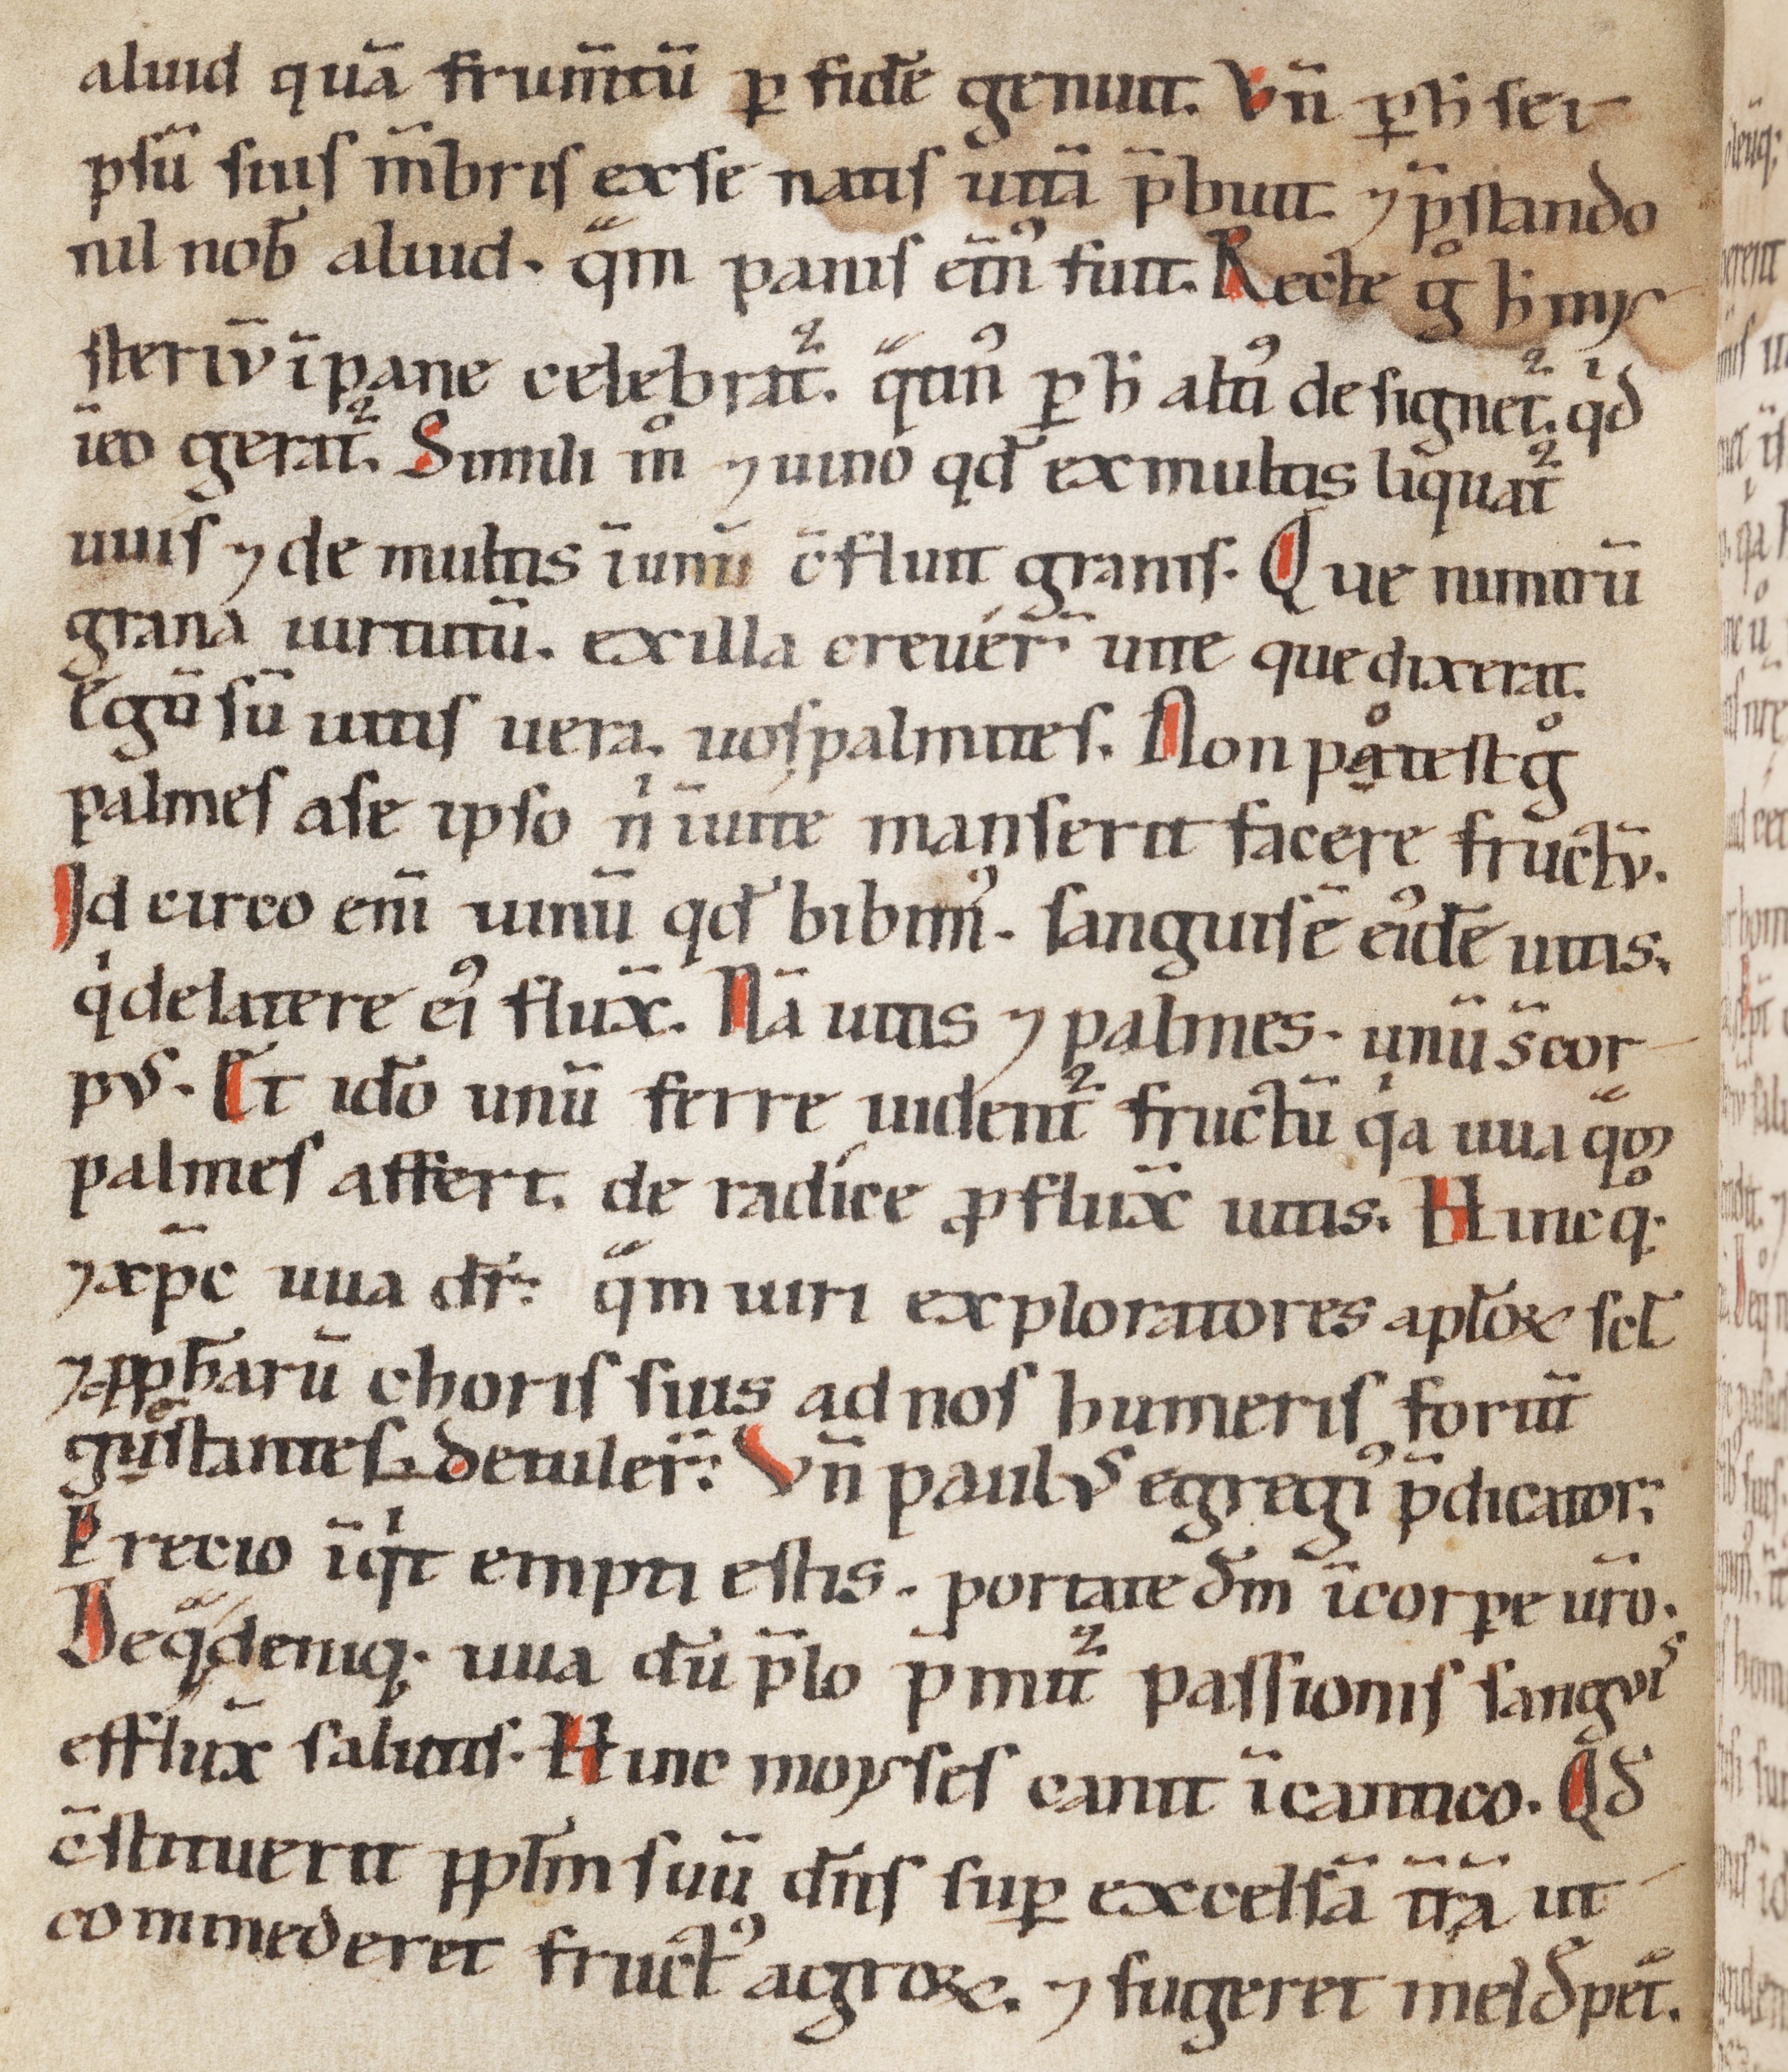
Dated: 1100–1199